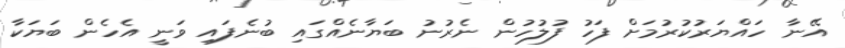
އޭނާ ހައްޔަރުކުރުމަށް ފަހު ފުލުހުން ނެރުނު ބަޔާނެއްގައި ބުނެފައި ވަނީ އެހެން ބަޔަކާ